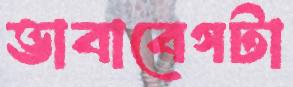
ভাবাবেগটা